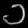
Digit: ၁